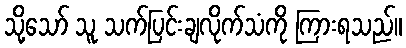
သို့သော် သူ သက်ပြင်းချလိုက်သံကို ကြားရသည်။